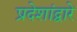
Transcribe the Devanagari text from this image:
प्रदेशांद्वारे